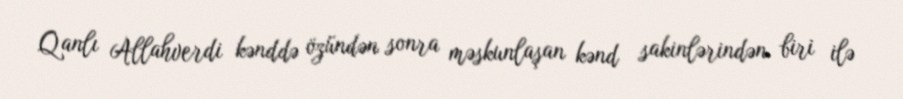
Qanlı Allahverdi kənddə özündən sonra məskunlaşan kənd sakinlərindən biri ilə